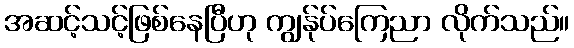
အဆင့်သင့်ဖြစ်နေပြီဟု ကျွန်ုပ်ကြေညာ လိုက်သည်။